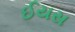
ઈયસ